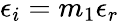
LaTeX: \epsilon_{i}=m_{1}\epsilon_{r}